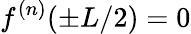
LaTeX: f^{(n)}(\pm L/2)=0